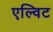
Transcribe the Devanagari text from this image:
एल्विट